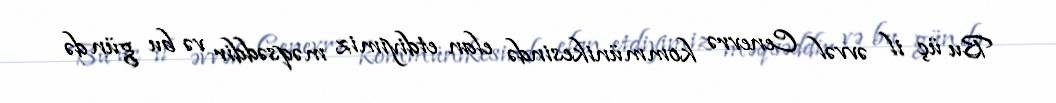
Bu üç il əvvəl Cenevrə kommünikesində elan etdiyimiz məqsəddir və bu gün də